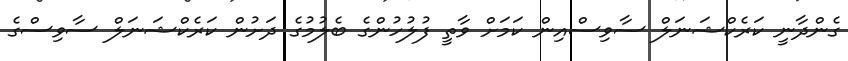
ގެންދާނީ ކަރެކްޝަނަލް ސާވިސްއިން ކަމަށް ވާތީ ފުލުހުންގެ ބެލުމުގެ ދަށުން ކަރެކްޝަނަލް ސާވިސްގެ